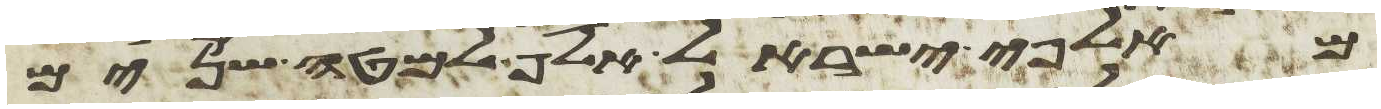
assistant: מאלפי ישראל אלף למטה שנים